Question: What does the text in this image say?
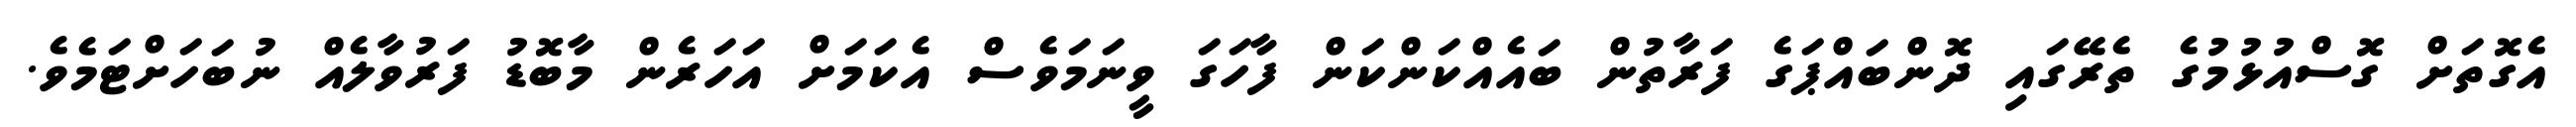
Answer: އެގޮތަށް ގޮސްއުޅުމުގެ ތެރޭގައި ދޮންބައްޕަގެ ފަރާތުން ބައެއްކަންކަން ފާހަގަ ވީނަމަވެސް އެކަމަށް އަހަރެން މާބޮޑު ފަރުވާލެއް ނުބަހަށްޓަމެވެ.